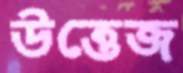
উত্তেজ